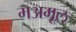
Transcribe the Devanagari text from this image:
मअमूल